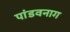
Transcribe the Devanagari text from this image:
पांडवनाग